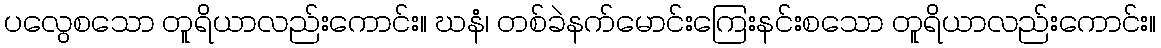
ပလွေစသော တူရိယာလည်းကောင်း။ ဃနံ၊ တစ်ခဲနက်မောင်းကြေးနင်းစသော တူရိယာလည်းကောင်း။